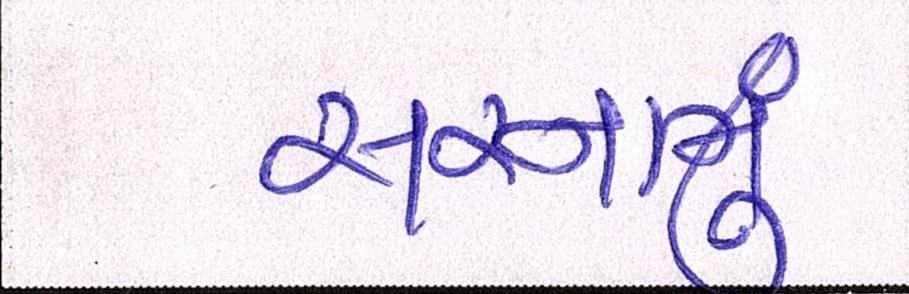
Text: સરનામું